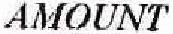
AMOUNT